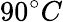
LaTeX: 90^{\circ}C